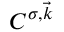
\boldsymbol { C } ^ { \sigma , \vec { k } }